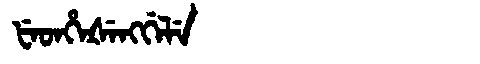
Manchu: ᡶᡝᡨᡥᡝᡧᡝᠩᡤᡝᠯᡝ
Romanization: FETHEŠENGGELE